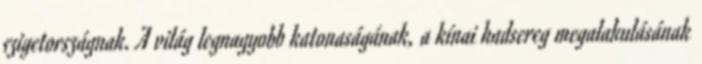
szigetországnak. A világ legnagyobb katonaságának, a kínai hadsereg megalakulásának